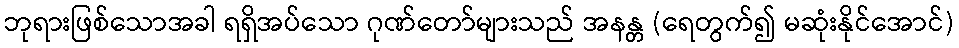
ဘုရားဖြစ်သောအခါ ရရှိအပ်သော ဂုဏ်တော်များသည် အနန္တ (ရေတွက်၍ မဆုံးနိုင်အောင်)